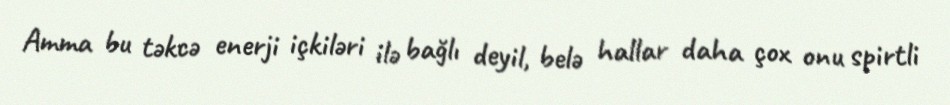
Amma bu təkcə enerji içkiləri ilə bağlı deyil, belə hallar daha çox onu spirtli